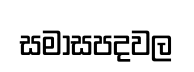
සමාසපදවල